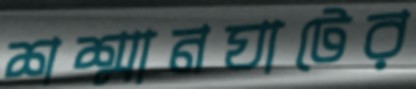
শশ্মানঘাটের